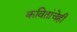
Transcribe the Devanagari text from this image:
कवितांचेही